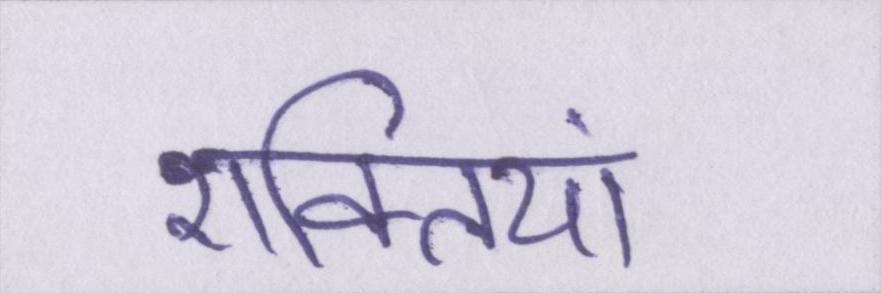
शक्तियां